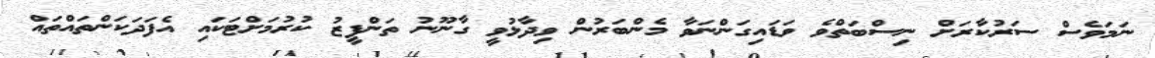
ނަމަވެސް ސަރުކާރަށް ނިސްބަތްވެ ވަޑައިގަންނަވާ މެންބަރުން ވިދާޅުވީ ގާނޫނު ތަންފީޒު ކުރުމަށްޓަކައި އެފަދަކަންތައްތައް